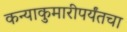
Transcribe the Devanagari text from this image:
कन्याकुमारीपर्यंतचा